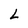
Character: L